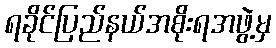
ရခိုင်ပြည်နယ်အစိုးရအဖွဲ့မှ